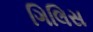
ગિલિસ